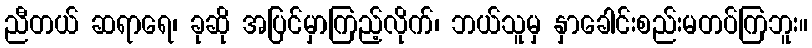
ညီတယ် ဆရာရေ၊ ခုဆို အပြင်မှာကြည့်လိုက်၊ ဘယ်သူမှ နှာခေါင်းစည်းမတပ်ကြဘူး။